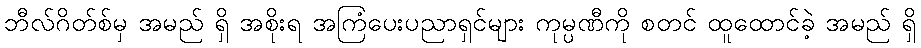
ဘီလ်ဂိတ်စ်မှ အမည် ရှိ အစိုးရ အကြံပေးပညာရှင်များ ကုမ္ပဏီကို စတင် ထူထောင်ခဲ့ အမည် ရှိ